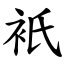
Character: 衹